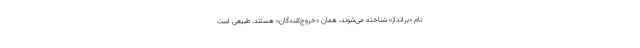
نام «برانداز» شناخته می‌شوند، همان «خروج‌کنندگان» هستند. طبیعی است